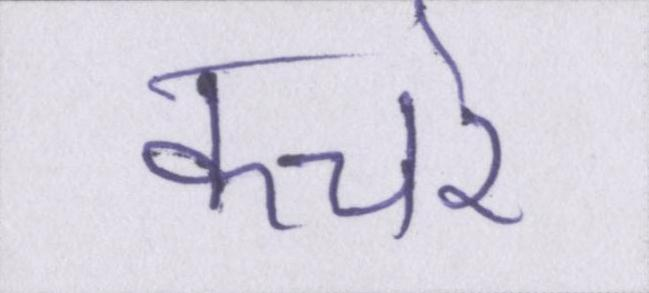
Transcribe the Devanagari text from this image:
कचरे